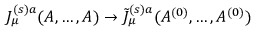
J _ { \mu } ^ { ( s ) a } ( A , \ldots , A ) \rightarrow \tilde { J } _ { \mu } ^ { ( s ) a } ( A ^ { ( 0 ) } , \ldots , A ^ { ( 0 ) } )